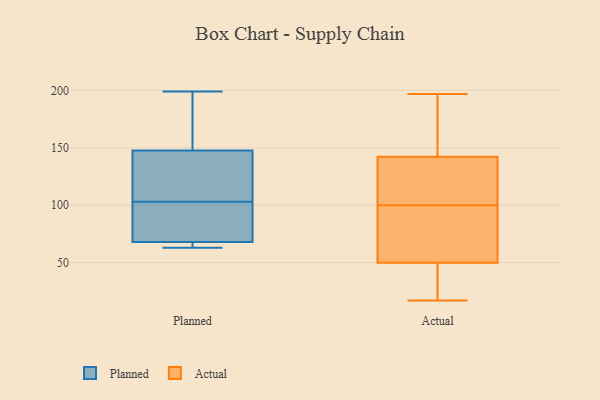
{"axis": {"x": "Churn Rate (%)", "y": "Value"}, "legend": ["Actual", "Planned"], "data": [{"x": "", "y": 68, "type": "Planned"}, {"x": "", "y": 115, "type": "Planned"}, {"x": "", "y": 66, "type": "Planned"}, {"x": "", "y": 104, "type": "Planned"}, {"x": "", "y": 71, "type": "Planned"}, {"x": "", "y": 71, "type": "Planned"}, {"x": "", "y": 133, "type": "Planned"}, {"x": "", "y": 68, "type": "Planned"}, {"x": "", "y": 199, "type": "Planned"}, {"x": "", "y": 63, "type": "Planned"}, {"x": "", "y": 103, "type": "Planned"}, {"x": "", "y": 192, "type": "Planned"}, {"x": "", "y": 199, "type": "Planned"}, {"x": "", "y": 17, "type": "Actual"}, {"x": "", "y": 25, "type": "Actual"}, {"x": "", "y": 100, "type": "Actual"}, {"x": "", "y": 117, "type": "Actual"}, {"x": "", "y": 50, "type": "Actual"}, {"x": "", "y": 72, "type": "Actual"}, {"x": "", "y": 78, "type": "Actual"}, {"x": "", "y": 152, "type": "Actual"}, {"x": "", "y": 149, "type": "Actual"}, {"x": "", "y": 188, "type": "Actual"}, {"x": "", "y": 132, "type": "Actual"}, {"x": "", "y": 126, "type": "Actual"}, {"x": "", "y": 197, "type": "Actual"}, {"x": "", "y": 140, "type": "Actual"}, {"x": "", "y": 73, "type": "Actual"}, {"x": "", "y": 49, "type": "Actual"}, {"x": "", "y": 39, "type": "Actual"}]}